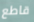
قاطع